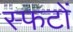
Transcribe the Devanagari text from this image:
स्फटों